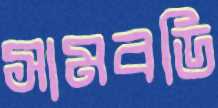
সামবডি